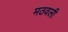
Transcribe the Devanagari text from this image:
मठवली